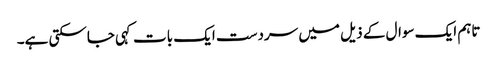
تاہم ایک سوال کے ذیل میں سردست ایک بات کہی جاسکتی ہے۔